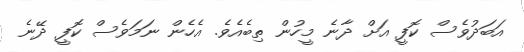
އަބަދުވެސް ކޮފީ އަށް ދާނެ މީހުން ތިބެއެވެ. އެހެން ނަމަވެސް ކޮފީ ދޭނެ